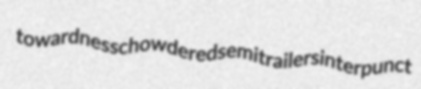
towardness chowdered semitrailers interpunct